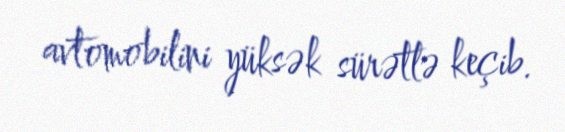
avtomobilini yüksək sürətlə keçib.